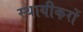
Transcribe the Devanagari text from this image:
स्थायीकरों